Report on vaccination in the Province of Bengal - 1869-1873
Year: 1869
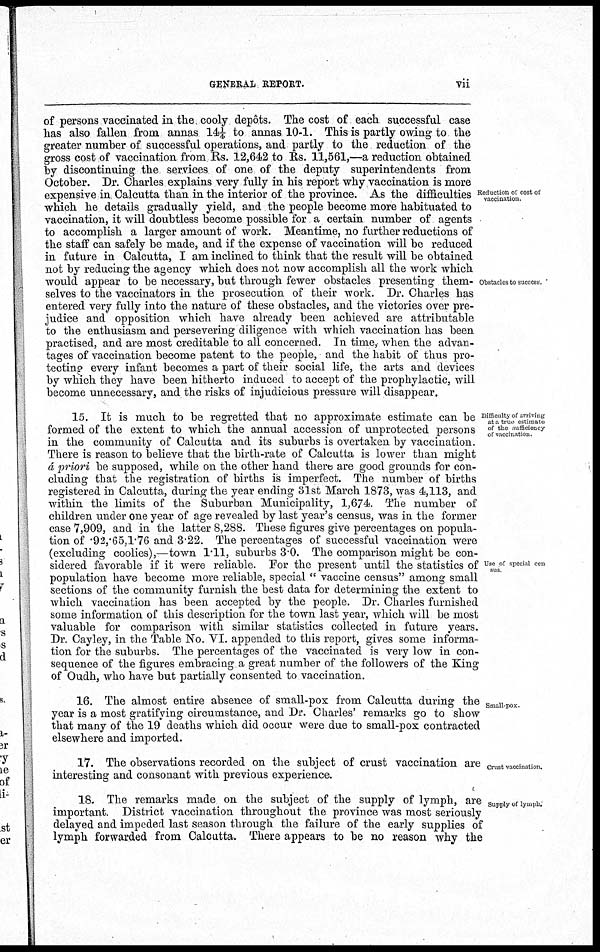
GENERAL REPORT.
vii
Reduction of cost of
vaccination.
Obstacles to success.
of persons vaccinated in the cooly depôts. The cost of each successful case
has also fallen from annas, 14¼ to annas 10-1. This is partly owing to the
greater number of successful operations, and partly to the reduction of the
gross cost of vaccination from Rs. 12,642 to Rs. 11,561,—a reduction obtained
by discontinuing the services of one of the deputy superintendents from
October. Dr. Charles explains very fully in his report why vaccination is more
expensive in, Calcutta than in the interior of the province. As the difficulties
which he details gradually yield, and the people become more habituated to
vaccination, it will doubtless become possible for a certain number of agents
to accomplish a larger amount of work. Meantime, no further reductions of
the staff can safely be made, and if the expense of vaccination will be reduced
in future in Calcutta, I am inclined to think that the result will be obtained
not by reducing the agency which does not now accomplish all the work which
would appear to be necessary, but through fewer obstacles presenting them-
selves to the vaccinators in the prosecution of their work. Dr. Charles has
entered very fully into the nature of these obstacles, and the victories over pre-
judice and opposition which have already been achieved are attributable
to the enthusiasm and persevering diligence with which vaccination has been
practised, and are most creditable to all concerned. In time, when the advan-
tages of vaccination become patent to the people, and the habit of thus pro-
tecting every infant becomes a part of their social life, the arts and devices
by which they have been hitherto induced to accept of the prophylactic, will
become unnecessary, and the risks of injudicious pressure will disappear.
Difficulty of arriving
at a true estimate
of the sufficiency
of vaccination.
Use of special cen
sus
15. It is much to be regretted that no approximate estimate can be
formed of the extent to which the annual accession of unprotected persons
in the community of Calcutta and its suburbs is overtaken by vaccination.
There is reason to believe that the birth-rate of Calcutta is lower than might
á priori be supposed, while on the other hand there are good grounds for con-
cluding that the registration of births is imperfect. The number of births
registered in Calcutta, during the year ending 31st March 1873, was 4,113, and
within the limits of the Suburban Municipality, 1,674. The number of
children under one year of age revealed by last year's census, was in the former
case 7,909, and in the latter 8,288. These figures give percentages on popula-
tion of .92,.65,1.76 and 3.22. The percentages of successful vaccination were
(excluding coolies),—town 1.11, suburbs 3.0. The comparison might be con-
sidered favorable if it were reliable. For the present until the statistics of
population have become more reliable, special " vaccine census" among small
sections of the community furnish the best data for determining the extent to
which vaccination has been accepted by the people. Dr. Charles furnished
some information of this description for the town last year, which will be most
valuable for comparison with similar statistics collected in future years.
Dr. Cayley, in the Table No. VI. appended to this report, gives some informa-
tion for the suburbs. The percentages of the vaccinated is very low in con-
sequence of the figures embracing a great number of the followers of the King
of Oudh, who have but partially consented to vaccination.
Small-pox.
16. The almost entire absence of small-pox from Calcutta during the
year is a most gratifying circumstance, and Dr. Charles' remarks go to show
that many of the 19 deaths which did occur were due to small-pox contracted
elsewhere and imported.
Crust vaccination.
17. The observations recorded on the subject of crust vaccination are
interesting and consonant with previous experience.
Supply of lymph.
18. The remarks made on the subject of the supply of lymph, are
important. District vaccination throughout the province was most seriously
delayed and impeded last season through the failure of the early supplies of
lymph forwarded from Calcutta. There appears to be no reason why the